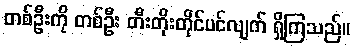
တစ်ဦးကို တစ်ဦး တီးတိုးတိုင်ပင်လျက် ရှိကြသည်။